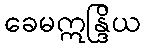
ခေမဣန္ဒြိယ